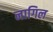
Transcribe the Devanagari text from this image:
नागिल